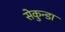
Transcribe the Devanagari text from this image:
सेकुन्डा